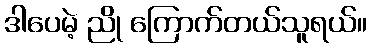
ဒါပေမဲ့ ညို ကြောက်တယ်သူရယ်။